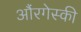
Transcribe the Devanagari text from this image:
औंरगेस्की